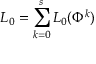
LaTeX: { \cal L } _ { 0 } = \sum _ { k = 0 } ^ { s } { \cal L } _ { 0 } ( \Phi ^ { k } )